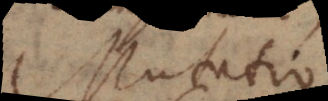
Mutati